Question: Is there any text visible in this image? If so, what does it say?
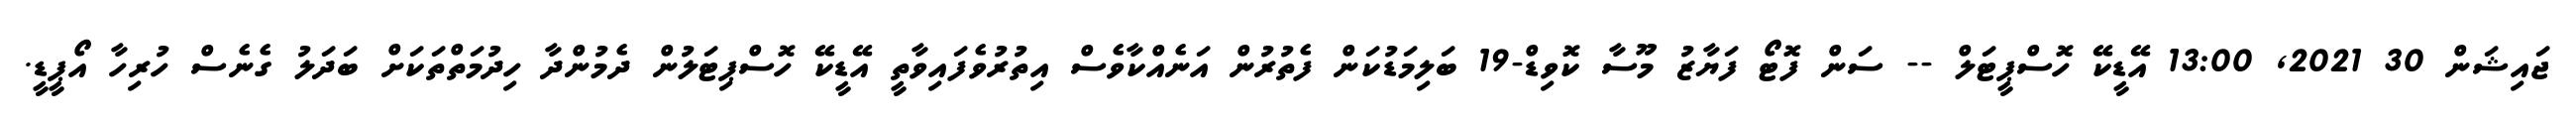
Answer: ޖައިޝަން 30 2021, 13:00 އޭޑީކޭ ހޮސްޕީޓަލް -- ސަން ފޮޓޯ ފަޔާޒު މޫސާ ކޮވިޑް-19 ބަލިމަޑުކަން ފެތުރުން އަނެއްކާވެސް އިތުރުވެފައިވާތީ އޭޑީކޭ ހޮސްޕިޓަލުން ދެމުންދާ ހިދުމަތްތަކަށް ބަދަލު ގެނެސް ހުރިހާ އޯޕީޑީ.